system: You are a helpful assistant.
user:
Analyze the provided spectrum to determine if it is a **Carbon Star (C-type)**.

- **Key Visual Indicators of Carbon Star:**
    - **(Primary):** Strong molecular absorption from **C₂ (diatomic carbon) "Swan Bands."** This is the **defining feature** of a carbon star.
        - **(Key Bandheads):** Sharp absorption edges are visible at approximately $5635$ Å, $5165$ Å (the strongest band), and $4737$ Å.
        - **(Line Profile):** Creates a distinct **"saw-tooth"** pattern. The key morphology is a sharp, steep bandhead on the **red (long-wavelength) side**, which then gradually tapers off (i.e., flux recovers) towards the **blue (short-wavelength) side**. *(This is the direct opposite of the TiO bands seen in M-type stars)*.

    - **(Secondary):** Intense **CN (cyanogen)** molecular absorption bands.
        - **(Key Bandheads):** Located in the blue and violet regions of the spectrum (e.g., near $4215$ Å and $3883$ Å).
        - **(Morphology):** These bands are extremely broad and act as a "blanket," absorbing the vast majority of blue and violet light. This creates a characteristic **"cliff"** or **"steep drop-off"** in the spectrum's flux at short wavelengths.

    - **(Key Confirmation):** Strong **CH absorption band (G-band)**.
        - **(Key Bandhead):** Located around $4300$ Å. The contribution from CH molecules to this band is exceptionally strong.

    - **(Overall Spectrum):**
        - The continuum is severely "chopped up" by these deep molecular bands, especially C₂, rather than appearing as a smooth curve.
        - Due to the heavy CN and C₂ absorption in the blue-green, the vast majority of the star's flux is concentrated in the red part of the spectrum, giving the star its characteristic deep red color.

Think first, call **spectral_visualization_tool** if needed to examine features in detail, then provide your final answer. Your response must adhere to the following strict rules:
1.  **Overall Structure:** Your response must follow the format `<think>...</think> <tool_call>...</tool_call> (if a tool is used) <answer>...</answer>`.
2.  **Tool Usage Constraint:** You may only make **one** tool call per turn.
3.  **Final Answer Format:** In the `<answer>` tag, your conclusion must be inside a `\boxed{}` command (e.g., `\boxed{YES}`), followed by your justification.

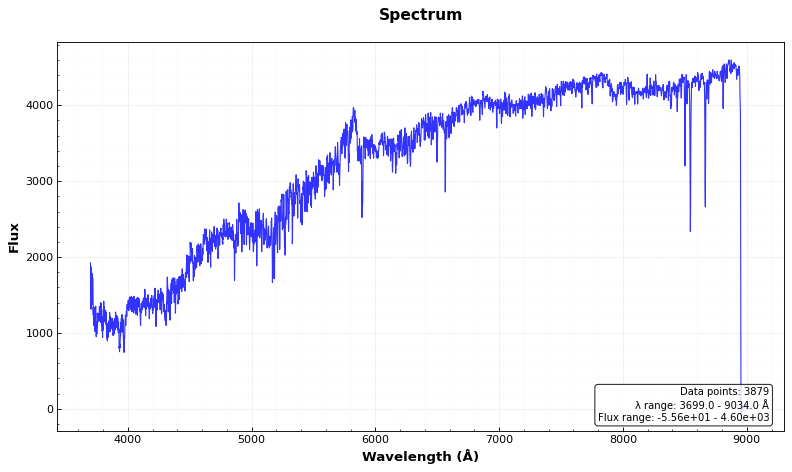
Answer: NO